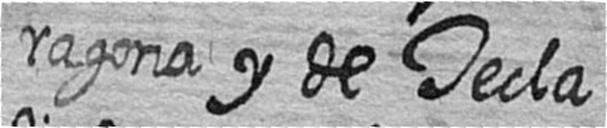
ragona y de Tecla